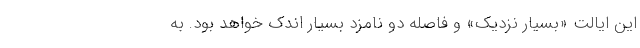
این ایالت «بسیار نزدیک» و فاصله دو نامزد بسیار اندک خواهد بود. به